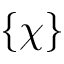
\{ \chi \}